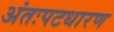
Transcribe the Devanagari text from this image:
अंतःपटधारण